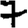
Digit: 7